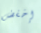
إخفض